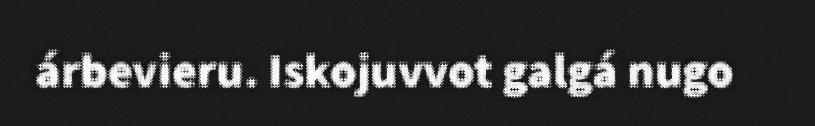
árbevieru. Iskojuvvot galgá nugo